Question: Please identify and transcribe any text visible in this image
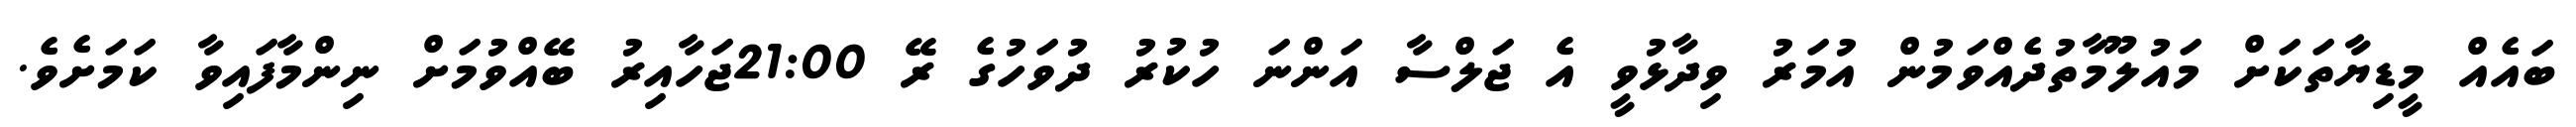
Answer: ބައެއް މީޑިޔާތަކަށް މައުލޫމާތުދެއްވަމުން އުމަރު ވިދާޅުވީ އެ ޖަލްސާ އަންނަ ހުކުރު ދުވަހުގެ ރޭ 21:00ޖަހާއިރު ބޭއްވުމަށް ނިންމާފައިވާ ކަމަށެވެ.